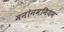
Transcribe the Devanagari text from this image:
मनोनमनियम